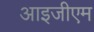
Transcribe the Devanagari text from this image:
आइजीएम